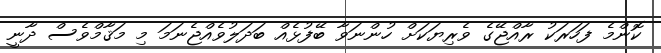
ކޮންމެ ފަހަރަކު ރާއްޖޭގެ ވެރިޔަކަށް ހުންނަވާ ބޭފުޅެއް ބަދަލުވެއްޖެނަމަ މި މަޤާމްވެސް ދާނީ